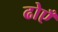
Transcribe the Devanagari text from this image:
ढोएँ